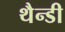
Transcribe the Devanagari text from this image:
थैन्डी